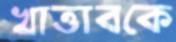
খাত্তাবকে